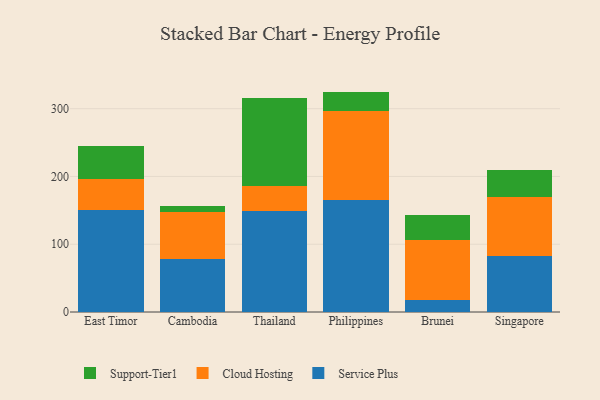
{"axis": {"x": "Country", "y": "Energy Usage (MWh)"}, "legend": ["Cloud Hosting", "Service Plus", "Support-Tier1"], "data": [{"x": "East Timor", "y": 150.9, "type": "Service Plus"}, {"x": "East Timor", "y": 45.6, "type": "Cloud Hosting"}, {"x": "East Timor", "y": 48.0, "type": "Support-Tier1"}, {"x": "Cambodia", "y": 78.7, "type": "Service Plus"}, {"x": "Cambodia", "y": 68.4, "type": "Cloud Hosting"}, {"x": "Cambodia", "y": 9.2, "type": "Support-Tier1"}, {"x": "Thailand", "y": 149.1, "type": "Service Plus"}, {"x": "Thailand", "y": 37.0, "type": "Cloud Hosting"}, {"x": "Thailand", "y": 130.1, "type": "Support-Tier1"}, {"x": "Philippines", "y": 165.3, "type": "Service Plus"}, {"x": "Philippines", "y": 131.4, "type": "Cloud Hosting"}, {"x": "Philippines", "y": 28.5, "type": "Support-Tier1"}, {"x": "Brunei", "y": 17.1, "type": "Service Plus"}, {"x": "Brunei", "y": 89.7, "type": "Cloud Hosting"}, {"x": "Brunei", "y": 37.0, "type": "Support-Tier1"}, {"x": "Singapore", "y": 82.1, "type": "Service Plus"}, {"x": "Singapore", "y": 88.1, "type": "Cloud Hosting"}, {"x": "Singapore", "y": 39.9, "type": "Support-Tier1"}]}